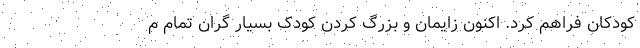
کودکان فراهم کرد. اکنون زایمان و بزرگ کردن کودک بسیار گران تمام م